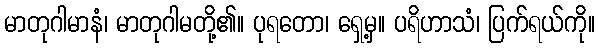
မာတုဂါမာနံ၊ မာတုဂါမတို့၏။ ပုရတော၊ ရှေ့မှ။ ပရိဟာသံ၊ ပြက်ရယ်ကို။